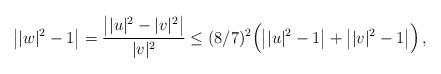
LaTeX: \begin{align*} \big||w|^2-1\big|=\frac{\big||u|^2-|v|^2\big|}{|v|^2}\leq (8/7)^2\Big(\big||u|^2-1\big|+\big||v|^2-1\big|\Big)\,,\end{align*}